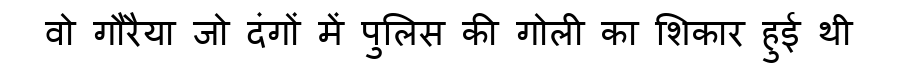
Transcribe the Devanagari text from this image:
वो गौरैया जो दंगों में पुलिस की गोली का शिकार हुई थी